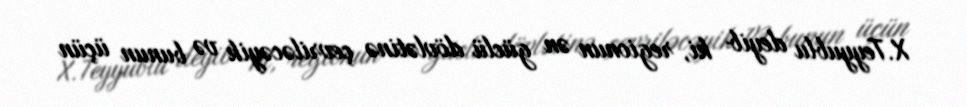
X.Teyyublu deyib ki, regionun ən güclü dövlətinə çevriləcəyik və bunun üçün